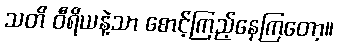
သတိ ဝီရိယနဲ့သာ စောင့်ကြည့်နေကြတော့။